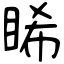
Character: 睎